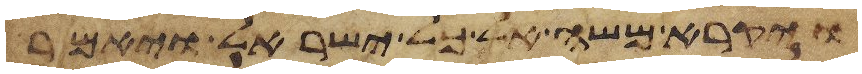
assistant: ויקרא משה אל כל ישראל ויאמר